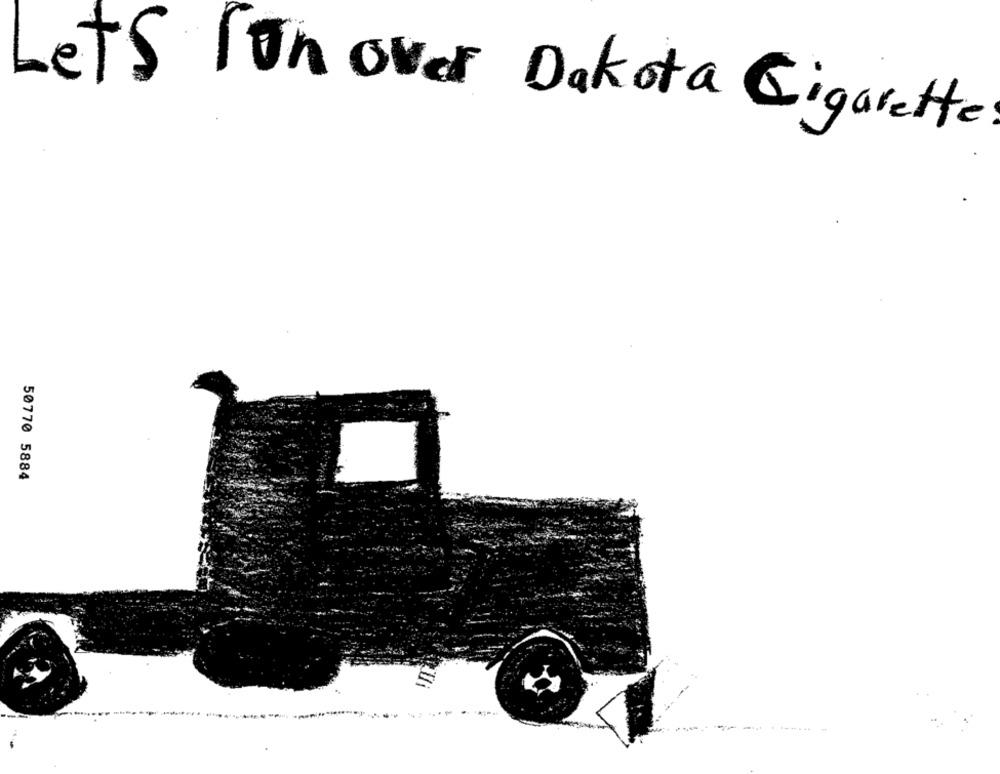
Lets lun over Dakota Cigarette
50770 5884